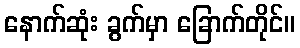
နောက်ဆုံး ခွက်မှာ ခြောက်တိုင်။